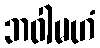
ဘဝါမဟံ